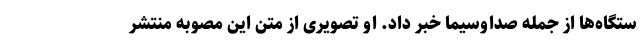
ستگاه‌ها از جمله صداوسیما خبر داد. او تصویری از متن این مصوبه منتشر